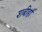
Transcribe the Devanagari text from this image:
शबीहा